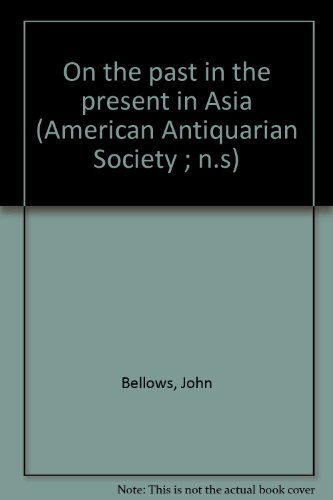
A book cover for On the past in the present in Asia (American Antiquarian Society ; n.s); John Bellows; Travel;